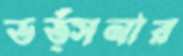
ভর্ত্সনার